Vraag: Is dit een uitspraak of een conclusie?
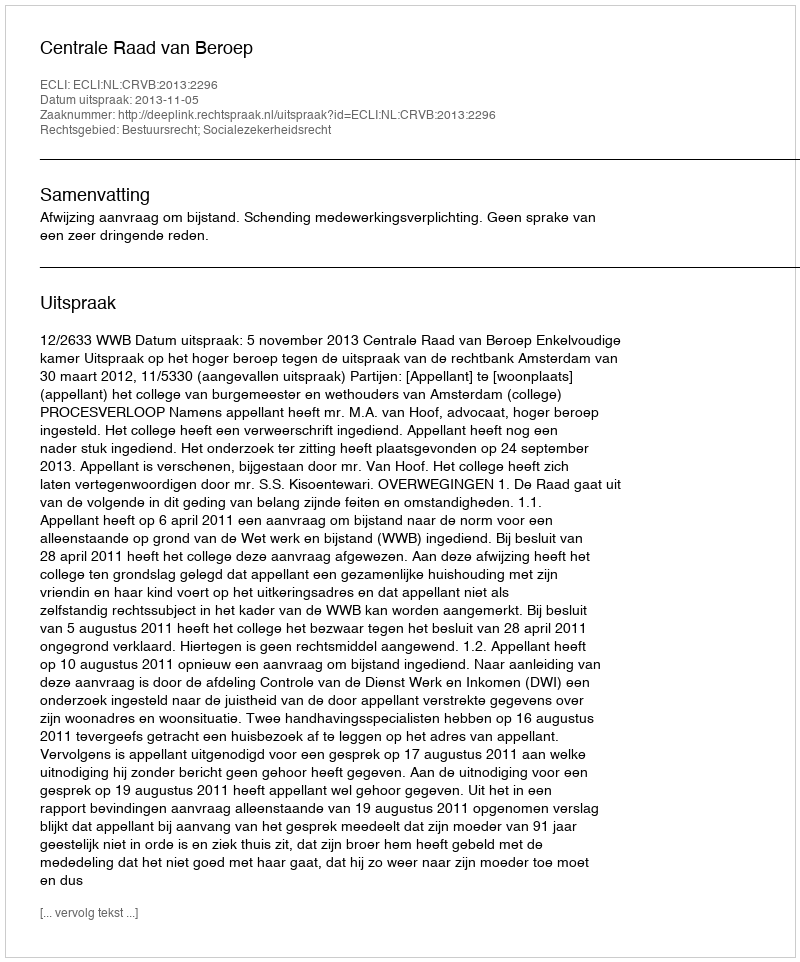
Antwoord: Uitspraak